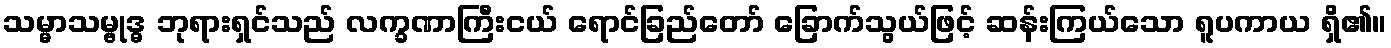
သမ္မာသမ္ဗုဒ္ဓ ဘုရားရှင်သည် လက္ခဏာကြီးငယ် ရောင်ခြည်တော် ခြောက်သွယ်ဖြင့် ဆန်းကြယ်သော ရူပကာယ ရှိ၏။